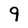
Character: 9